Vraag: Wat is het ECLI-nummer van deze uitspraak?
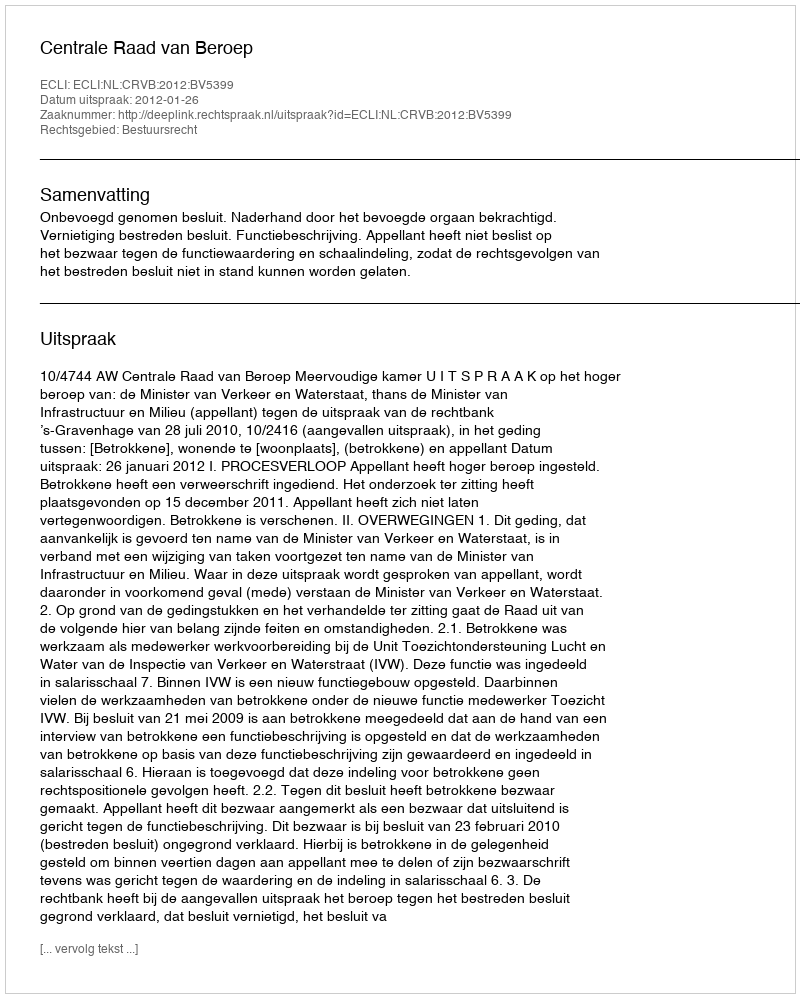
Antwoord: ECLI:NL:CRVB:2012:BV5399